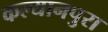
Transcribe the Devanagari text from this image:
कल्यानपुरा